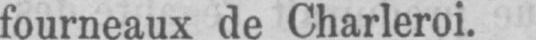
fourneaux de Charleroi.